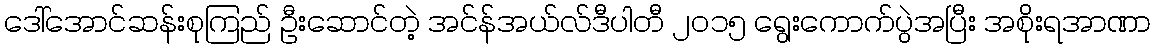
ဒေါ်အောင်ဆန်းစုကြည် ဦးဆောင်တဲ့ အင်န်အယ်လ်ဒီပါတီ ၂၀၁၅ ရွေးကောက်ပွဲအပြီး အစိုးရအာဏာ